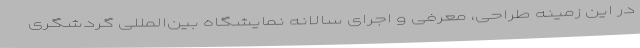
در این زمینه طراحی، معرفی و اجرای سالانه نمایشگاه بین‌المللی گردشگری